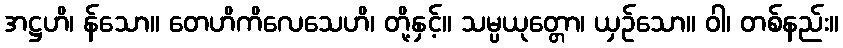
အဋ္ဌဟိ၊ န်သော။ တေဟိကိလေသေဟိ၊ တို့နှင့်။ သမ္ပယုတ္တော၊ ယှဉ်သော။ ဝါ၊ တစ်နည်း။